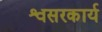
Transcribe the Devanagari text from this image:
श्वसरकार्य